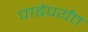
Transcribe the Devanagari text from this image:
पाडेपर्यंत